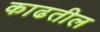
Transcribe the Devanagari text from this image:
काढतील